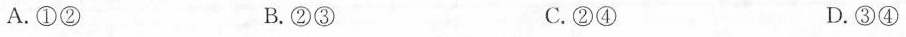
A.①② B.②③ C.②④ D.③④